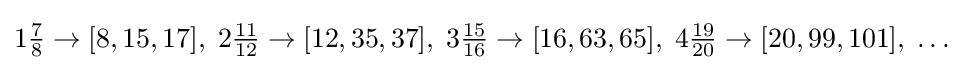
1{\tfrac {7}{8}}\rightarrow [8,15,17],\;2{\tfrac {11}{12}}\rightarrow [12,35,37],\;3{\tfrac {15}{16}}\rightarrow [16,63,65],\;4{\tfrac {19}{20}}\rightarrow [20,99,101],\;\ldots